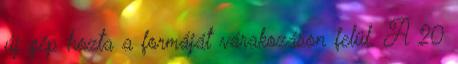
új gép hozta a formáját várakozáson felül. A 20